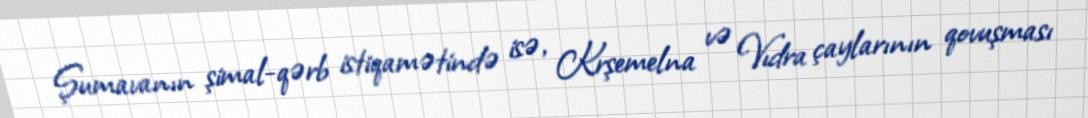
Şumavanın şimal-qərb istiqamətində isə, Krşemelna və Vıdra çaylarının qovuşması